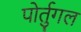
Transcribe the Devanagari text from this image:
पोर्तुगल